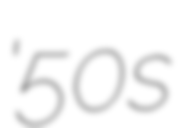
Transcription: '50s